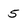
Character: 5